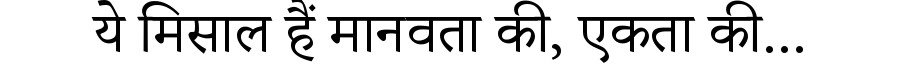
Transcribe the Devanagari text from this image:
ये मिसाल हैं मानवता की, एकता की...